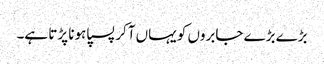
بڑے بڑے جابروں کو یہاں آکر پسپا ہونا پڑتا ہے۔